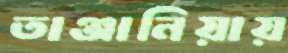
তাঞ্জানিয়ায়